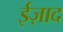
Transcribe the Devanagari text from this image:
ईज़ाद